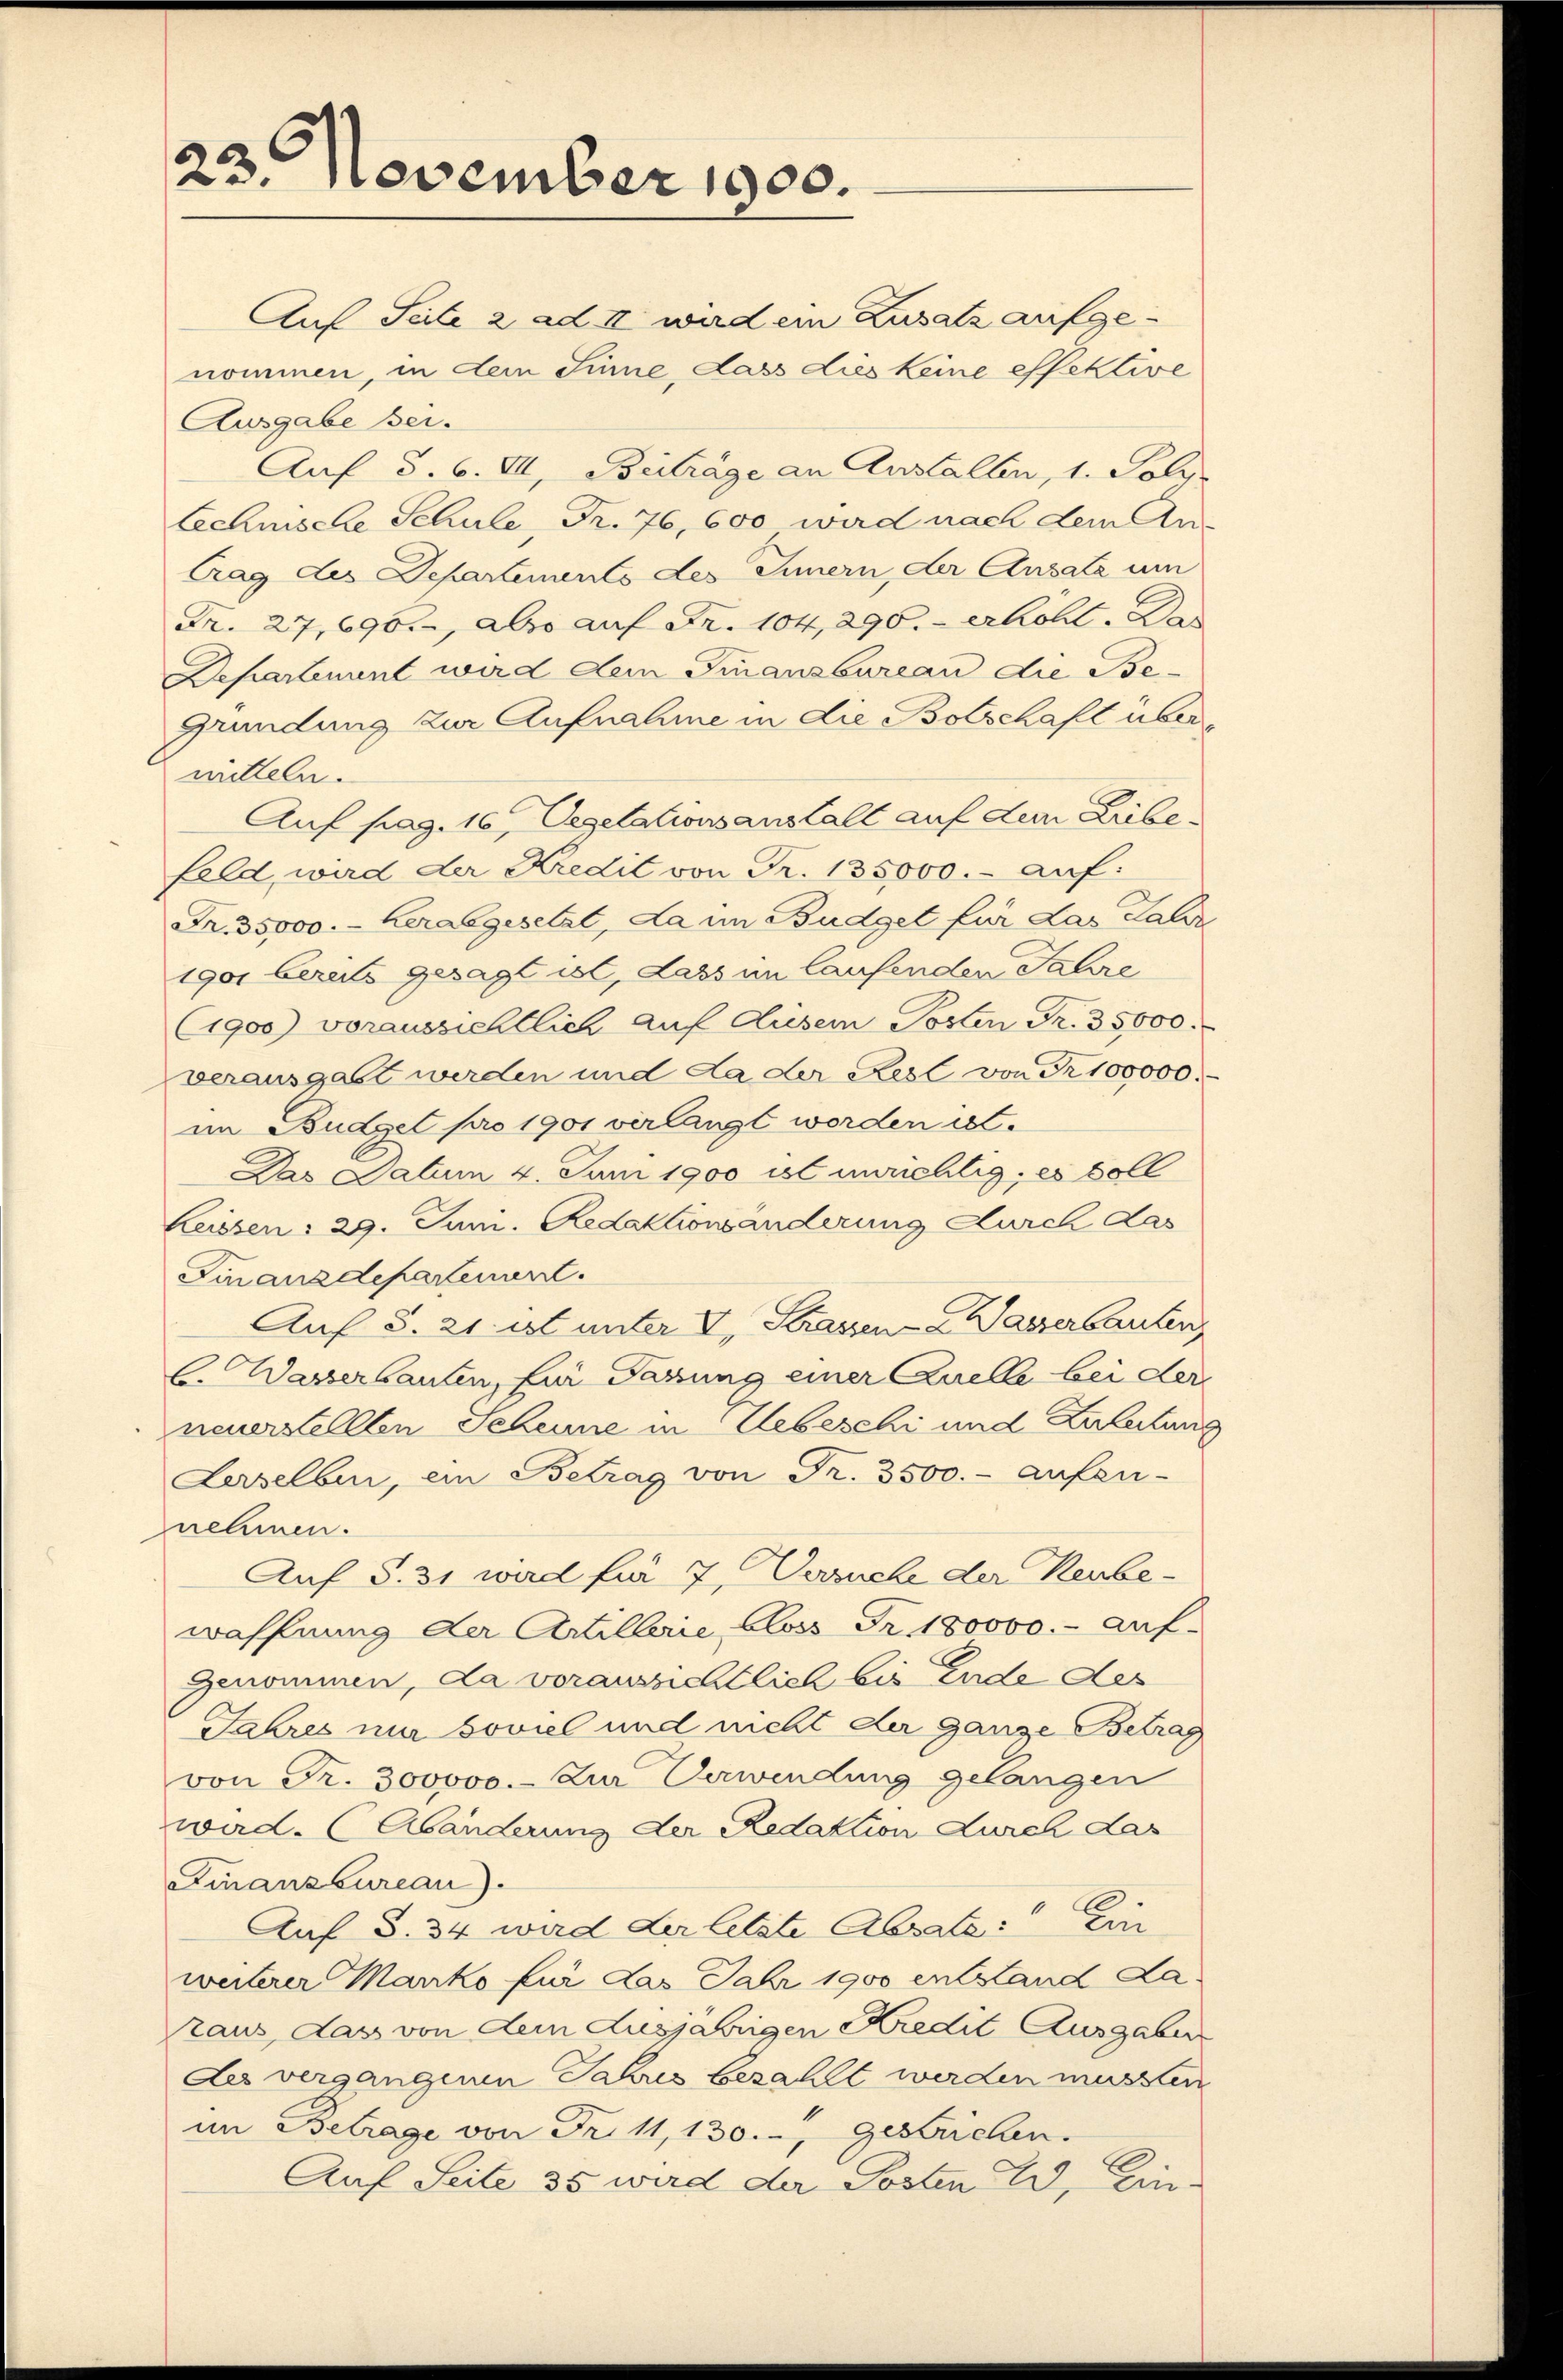
23. November 1900.

Auf Seile 2 ad II wird ein Zusatz aufgenommen, in dem Sinne, dass dies keine effektive
Ausgabe bei.
Auf §. 6. II, Beiträge an Anstalten, 1. Poli
Schnische Schule, Fr. 76, 600 wird nach dem An-
trag des Departements des Innern, der Ansatz um
Fr. 27,696., also auf Fr. 104, 290. - erhohl. Das
Departenant wird dem Finanzbureau die Be¬
Gründung zur Aufnahme in die Botschaft übermitteln.
Auf pag. 16, Segetationsanstalt auf dem Leibefeld, ward der Kredit von Fr. 135000.- auf:
Fr. 35000.- herabgesetzt, da im Budget für das Jahr
1901 bereits gesagt ist, dass im laufenden Jahre
(1900) voraussichtlich auf diesem Posten Fr. 35000.
verausgabt werden und da der Rest von Fr. 100000.
im Budget pro 1901 verlangt worden ist.
Das Catum 4. Juni 1900 ist unrichtig, es soll
Leissen: 29. Juni. Redaktionsänderung durch das
Finanzdepartement.
Auf S. 21. ist unter V, Strassen - Wasserbauten
C. Wasserbauten, für darung einer Quelle bei der
neustellten Scheune in Uebeschi und Leitung
Lerselben, ein Betrag von Fr. 3500.- aufen-
nehmen.
Auf S. 31 wird für 7, Versuche der Neubewaffnung der Artillerie bloss Fr. 180000.- auf-
genommen, da voraussichtlich bis Ende des
Jahres mir soviel und nicht der ganze Betrag
von Fr. 300000.- Zur Verwendung gelangen
ward. (Abänderung der Redaktion durch das
Finanzbureau).
Auf S. 34 wird der letzte Absate: Ein
weiterer Marko für das Jahr 1900 entstand La
raus, das von dem Ausjährigen Kredit Ausgaben
Da vergangenen Jahres bezahlt werden müssten
im Betrage von Fr. 11,130.-, Gestricken.
Auf Seite 35 wird der Posten I. Ein-